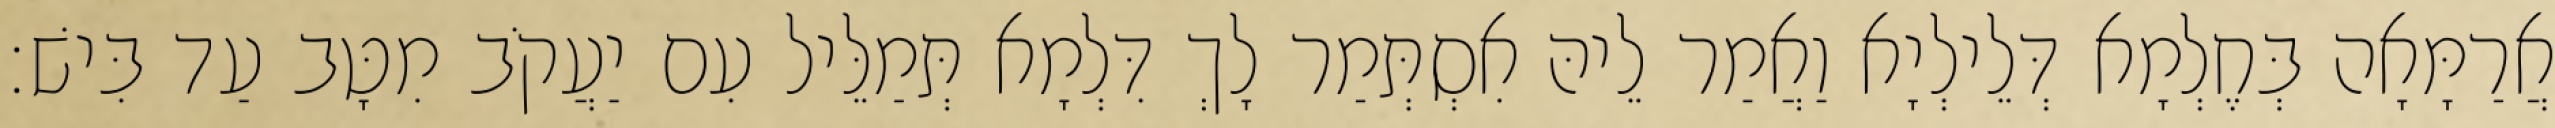
אֲרַמָּאָה בְּחֶלְמָא דְּלֵילְיָא וַאֲמַר לֵיהּ אִסְתְּמַר לָךְ דִּלְמָא תְּמַלֵּיל עִם יַעֲקֹב מִטָּב עַד בִּישׁ׃